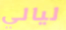
ليالي